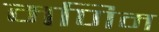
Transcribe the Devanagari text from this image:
मणिम